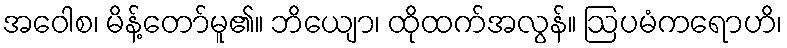
အဝေါစ၊ မိန့်တော်မူ၏။ ဘိယျော၊ ထိုထက်အလွန်။ ဩပမံကရောဟိ၊